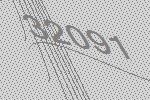
32091